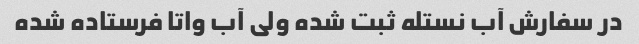
در سفارش آب نستله ثبت شده ولی آب واتا فرستاده شده